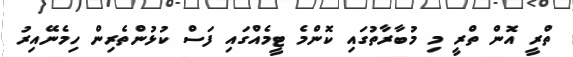
ތްރީ އޮން ތްރީ މި މުބާރާތުގައި ކޮންމެ ޓީމެއްގައި ފަސް ކުޅުންތެރިން ހިމެނޭއިރު